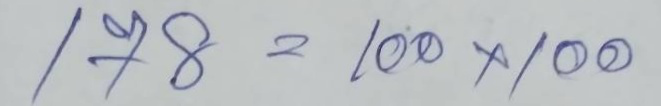
178 = 100 x 100